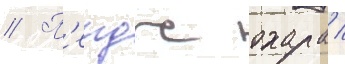
// П'еидж охара /